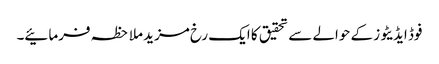
فوڈ ایڈیٹوز کے حوالے سے تحقیق کا ایک رخ مزید ملاحظہ فرمائیے۔